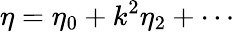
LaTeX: \eta=\eta_{0}+k^{2}\eta_{2}+\cdots